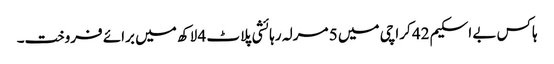
ہاکس بے اسکیم 42 کراچی میں 5 مرلہ رہائشی پلاٹ 4 لاکھ میں برائے فروخت۔